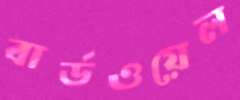
বার্ডওয়েল